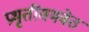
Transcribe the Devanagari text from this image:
प्रभृतींसमवेत